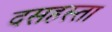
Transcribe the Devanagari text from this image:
दसहस्ता